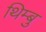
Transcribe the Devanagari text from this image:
थिम्बु